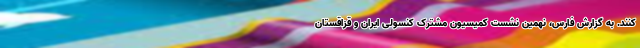
کنند. به گزارش فارس، نهمین نشست کمیسیون مشترک کنسولی ایران و قزاقستان